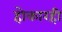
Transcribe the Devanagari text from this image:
होकारही